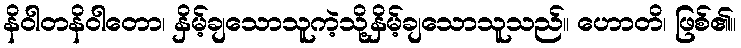
နိဝါတနိဝါတော၊ နှိမ့်ချသောသူကဲ့သို့နှိမ့်ချသောသူသည်။ ဟောတိ၊ ဖြစ်၏။